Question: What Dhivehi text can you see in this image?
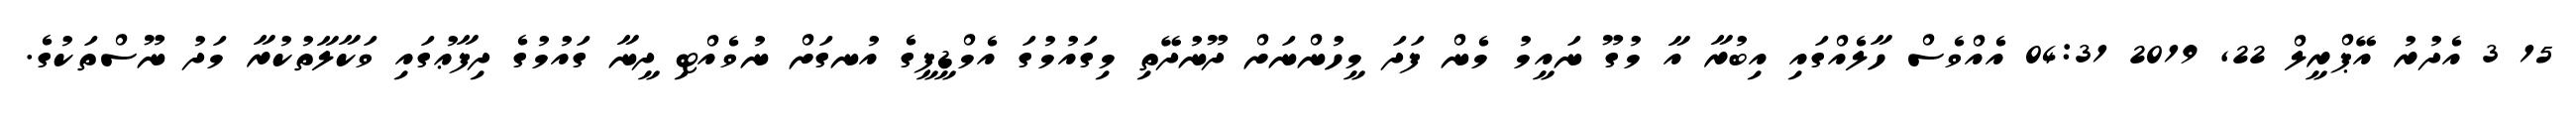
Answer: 15 3 އެދުރު އޭޕްރީލް 22, 2019 04:31 އެއްވެސް ހާލެއްގައި އިބުރާ އާ މުގޫ ނައީމު މެން ފަދަ މީހުންނަށް ދޫނުދޭތި މިގައުމުގަ އެމްޑީޕީގެ އުނގަށް ނުވެއްޓި ދީނާ ގައުމުގެ ދިފާޢުގައި ވަކާލާތުކުރާ މަދު ނޫސްތަކުގެ.